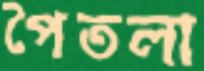
পৈতলা